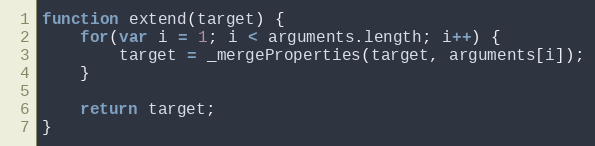
Language: JavaScript
function extend(target) {
	for(var i = 1; i < arguments.length; i++) {
		target = _mergeProperties(target, arguments[i]);
	}

	return target;
}